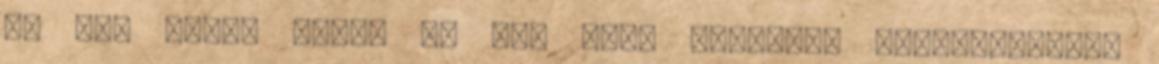
az ir, akkor miert is ne? Sean MacTíre: Elképzelhető,